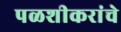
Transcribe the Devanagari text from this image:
पळशीकरांचे